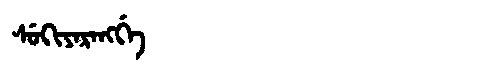
Manchu: ᠰᡠᡴᡳᠶᠠᡵᠠᠩᡤᡝ
Romanization: SUKIYARANGGE